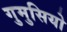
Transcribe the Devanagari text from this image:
गुमुसियो